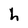
Character: h